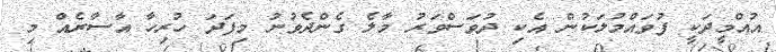
އުއްމީދަކީ ފުވައްމުލަކުން އެކި ދުވަސްވަރު މާލެ ގެންދެވުނު މިފަދަ ހުރިހާ އާސާރެއް މި